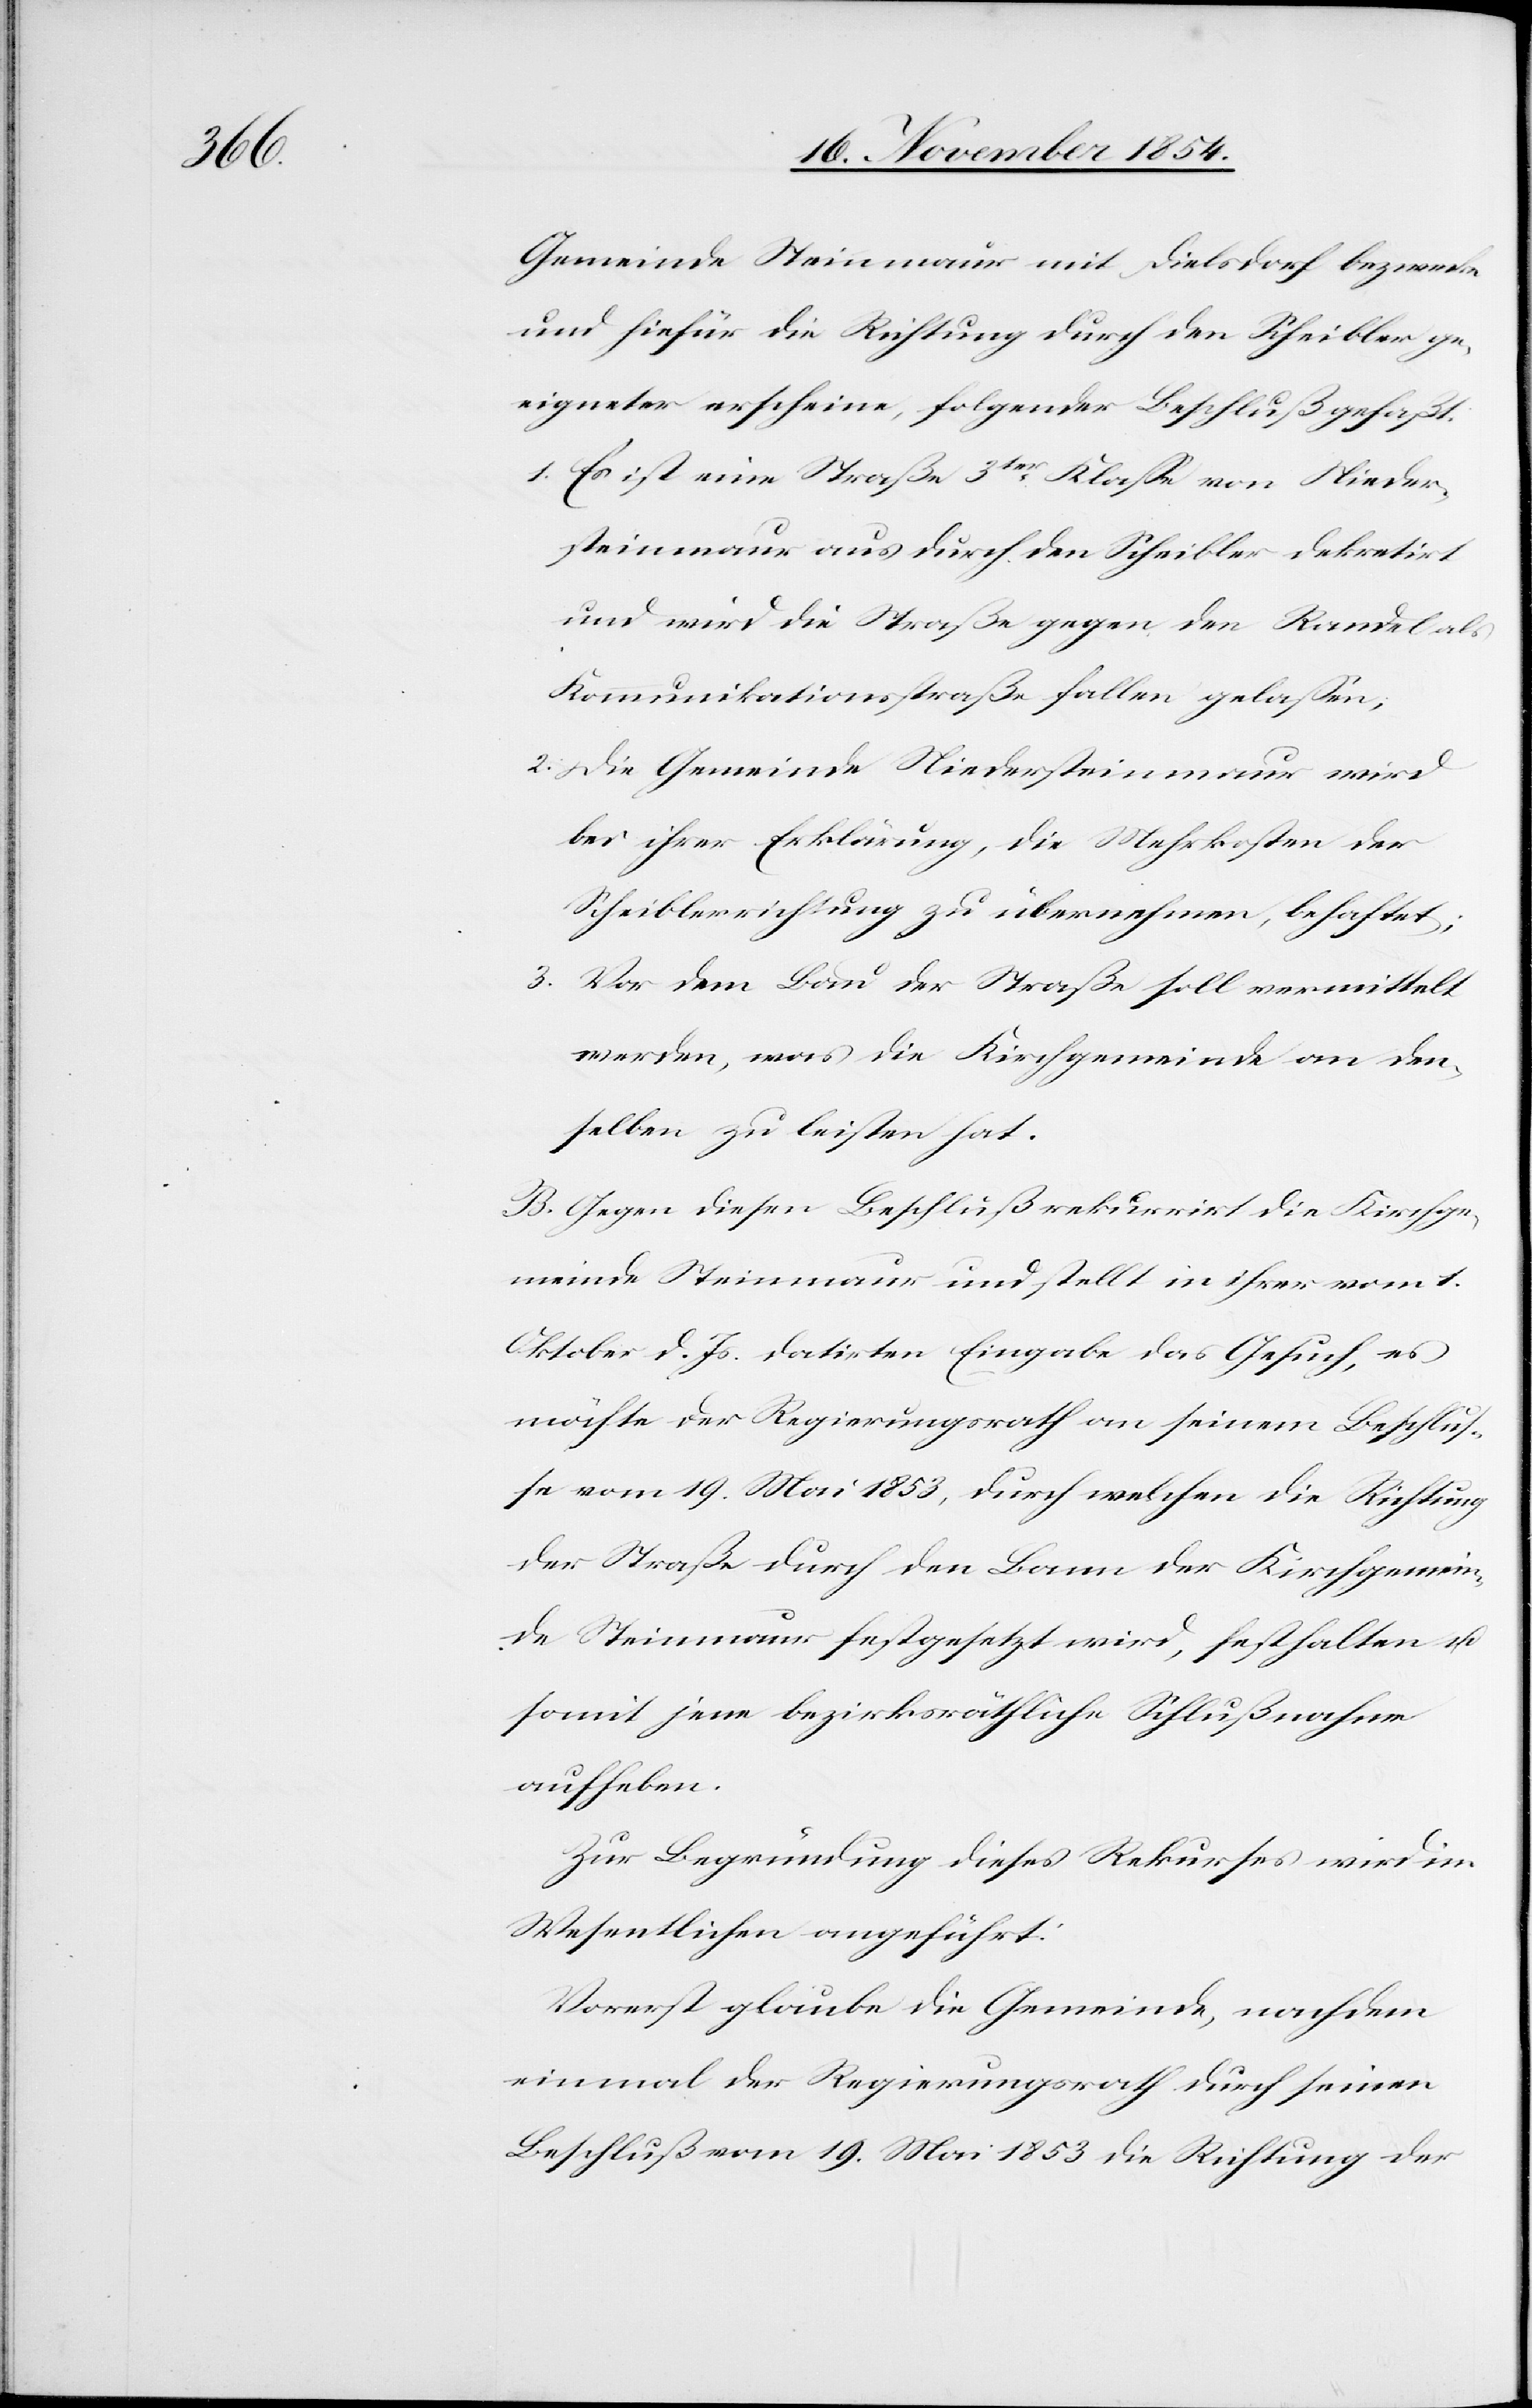
gemein¬

Gemeinde Steinmaur mit Dielsdorf bezwecke
und hiefür die Richtung durch den Scheibler ge¬
eigneter erscheine, folgender Beschluß gefaßt.
1. Es ist eine Straße 3ter Klaße von Nieder¬
steinmaur aus durch den Scheibler dekretirt
und wird die Straße gegen den Randel als
Kommunikationsstraße fallen gelaßen;
2. Die Gemeinde Niedersteinmaur wird
bei ihrer Erklärung, die Mehrkosten der
Scheiblerrichtung zu übernehmen, behaftet;
3. Vor dem Bau der Straße soll vermittelt
werden, was die Kirchgemeinde an den¬
selben zu leisten hat.
B. Gegen diesen Beschluß rekurrirt die Kirchge¬
meinde Steinmaur und stellt in ihrer vom 1.
Oktober d. Js. datirten Eingabe das Gesuch, es
möchte der Regierungsrath an seinem Beschluß¬
e vom 19. Mai 1853, durch welchen die Richtung
de Steinmaur festgesetzt wird, festhalten u.
somit jene bezirksräthliche Schlußnahme
aufheben.
Zur Begründung dieses Rekurses wird im
Wesentlichen angeführt:
Vorerst glaube die Gemeinde, nachdem
einmal der Regierungsrath durch seinen
Beschluß vom 19. Mai 1853 die Richtung der